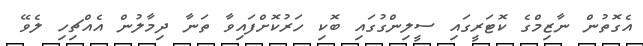
އެގޮތުން ނާޒިމްގެ ކޮޓަރީގައި ސީލިންގުގައި ބޮކި ހަރުކޮށްފައިވާ ތަނާ ދިމާލުން އެއްޗިހި ލެވޭ